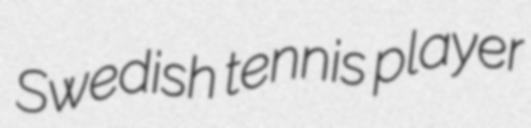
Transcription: Swedish tennis player